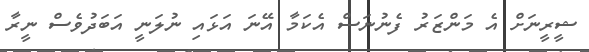
ޝީރީނަށް އެ މަންޒަރު ފެނުނަސް އެކަމާ އޭނަ އަޅައި ނުލަނީ އަބަދުވެސް ނީރާ